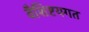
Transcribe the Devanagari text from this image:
वैशिष्टयगत